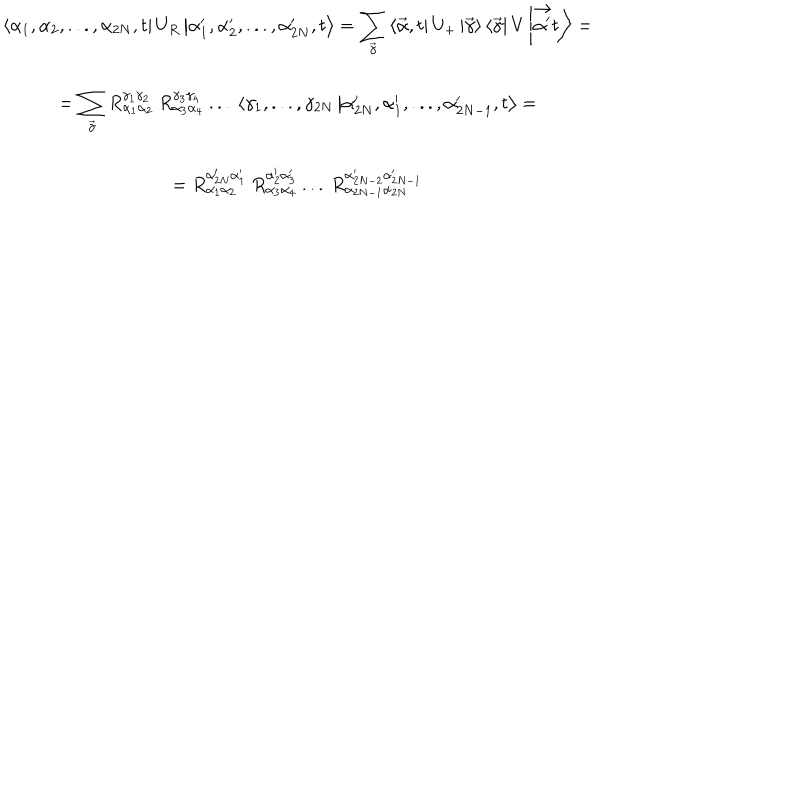
\begin{array} { c } { { \displaystyle \left\langle \alpha _ { 1 } , \alpha _ { 2 } , . . . , \alpha _ { 2 N } , t \right| U _ { R } \left| \alpha _ { 1 } ^ { \prime } , \alpha _ { 2 } ^ { \prime } , . . . , \alpha _ { 2 N } ^ { \prime } , t \right\rangle = \displaystyle \sum _ { \overrightarrow { \gamma } } \left\langle \overrightarrow { \alpha } , t \right| U _ { + } \left| \overrightarrow { \gamma } \right\rangle \left\langle \overrightarrow { \gamma } \right| V \left| \overrightarrow { \alpha ^ { \prime } } t \right\rangle = } } \\ { { = \displaystyle \sum _ { \overrightarrow { \gamma } } R _ { \alpha _ { 1 } \alpha _ { 2 } } ^ { \gamma _ { 1 } \gamma _ { 2 } } \: R _ { \alpha _ { 3 } \alpha _ { 4 } } ^ { \gamma _ { 3 } \gamma _ { 4 } } \: . . . \: \left\langle \gamma _ { 1 } , . . . , \gamma _ { 2 N } \right. \left| \alpha _ { 2 N } ^ { \prime } , \alpha _ { 1 } ^ { \prime } , . . . , \alpha _ { 2 N - 1 } ^ { \prime } , t \right\rangle = } } \\ { { = R _ { \alpha _ { 1 } \alpha _ { 2 } } ^ { \alpha _ { 2 N } ^ { \prime } \alpha _ { 1 } ^ { \prime } } \: R _ { \alpha _ { 3 } \alpha _ { 4 } } ^ { \alpha _ { 2 } ^ { \prime } \alpha _ { 3 } ^ { \prime } } \: . . . \: R _ { \alpha _ { 2 N - 1 } \alpha _ { 2 N } } ^ { \alpha _ { 2 N - 2 } ^ { \prime } \alpha _ { 2 N - 1 } ^ { \prime } } } } \\ \end{array}